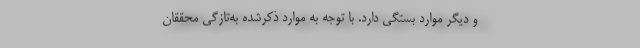
و دیگر موارد بستگی دارد. با توجه به موارد ذکرشده به‌تازگی محققان